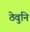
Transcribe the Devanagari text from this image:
ठेवुनि